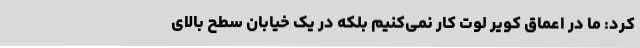
کرد: ما در اعماق کویر لوت کار نمی‌کنیم بلکه در یک خیابان سطح بالای